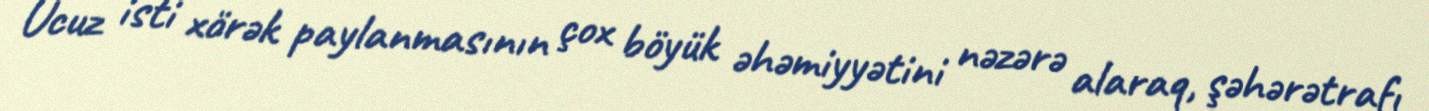
Ucuz isti xörək paylanmasının çox böyük əhəmiyyətini nəzərə alaraq, şəhərətrafı